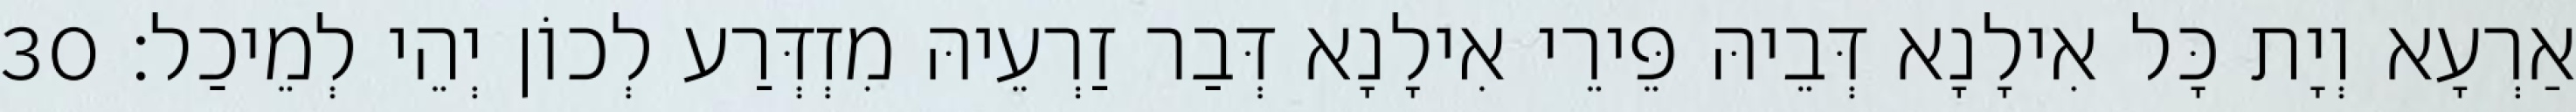
אַרְעָא וְיָת כָּל אִילָנָא דְּבֵיהּ פֵּירֵי אִילָנָא דְּבַר זַרְעֵיהּ מִזְדְּרַע לְכוֹן יְהֵי לְמֵיכַל׃ 30